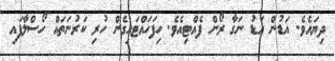
ދިޔައެވެ. އަޑުން އަޑު ނަގާ ރޯން ފެއްޓިއެވެ. ހިފަހައްޓައިގެން ހުރި ކަރުނަތައް ހޯސްލާފައި